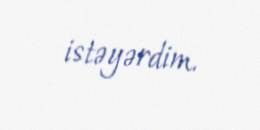
istəyərdim.